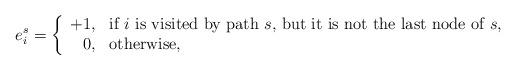
LaTeX: \begin{align*}e^{s}_i = \left\{\begin{array}{rl}+1,& \mbox{if } i \mbox{ is visited by path } s\mbox{, but it is not the last node of } s, \\0, & \mbox{otherwise},\end{array} \right. \end{align*}